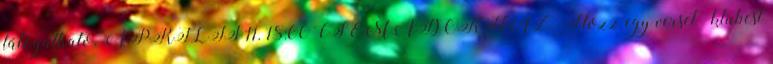
látogatható. ÁPRILIS 11. 18:00 CSEMADOKHÁZ „Hozz egy verset” klubest